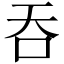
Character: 吞